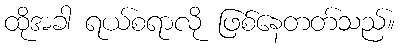
ထိုအခါ ရယ်စရာလို ဖြစ်နေတတ်သည်။